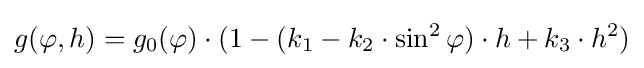
g(\varphi ,h)=g_{0}(\varphi )\cdot (1-(k_{1}-k_{2}\cdot \sin ^{2}\varphi )\cdot h+k_{3}\cdot h^{2})